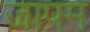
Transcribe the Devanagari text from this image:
जापम